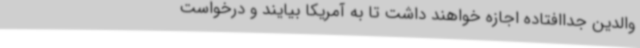
والدین جداافتاده اجازه خواهند داشت تا به آمریکا بیایند و درخواست